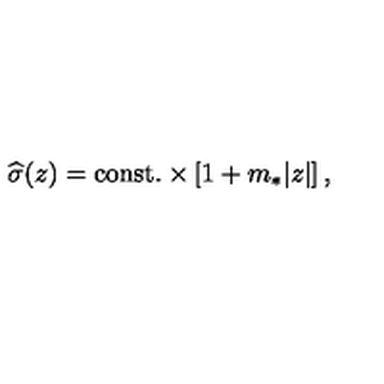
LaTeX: { \widehat \sigma } ( z ) = \mathrm { c o n s t . } \times \left[ 1 + m _ { * } | z | \right] ,